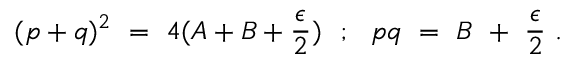
( p + q ) ^ { 2 } ~ = ~ 4 ( A + B + \frac { \epsilon } { 2 } ) ~ ~ ; ~ ~ p q ~ = ~ B ~ + ~ \frac { \epsilon } { 2 } ~ .